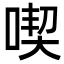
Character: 喫